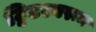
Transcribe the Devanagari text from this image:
ट्विटरवरून